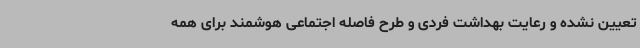
تعیین نشده و رعایت بهداشت فردی و طرح فاصله اجتماعی هوشمند برای همه